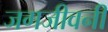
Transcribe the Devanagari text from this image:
जगजीवनी